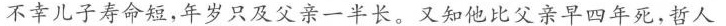
不幸儿子寿命短，年岁只及父亲一半长。又知他比父亲早四年死，哲人